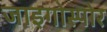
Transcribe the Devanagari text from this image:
जाइगोस्पोर